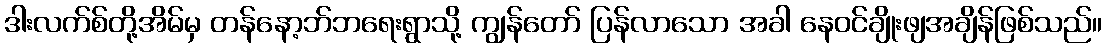
ဒါးလက်စ်တို့အိမ်မှ တန်နော့ဘ်ဘရေးရွာသို့ ကျွန်တော် ပြန်လာသော အခါ နေဝင်ချိုးဖျအချိန်ဖြစ်သည်။